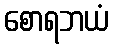
စောရဘယံ